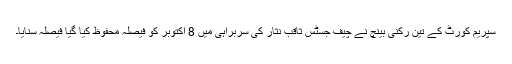
سپریم کورٹ کے تین رکنی بینچ نے چیف جسٹس ثاقب نثار کی سربراہی میں 8 اکتوبر کو فیصلہ محفوظ کیا گیا فیصلہ سنایا۔